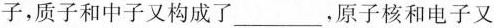
子，质子和中子又构成了___，原子核和电子又